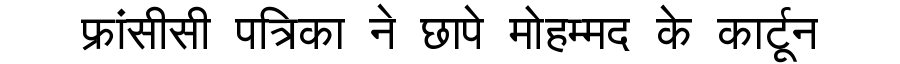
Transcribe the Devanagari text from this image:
फ्रांसीसी पत्रिका ने छापे मोहम्मद के कार्टून